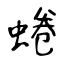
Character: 蜷